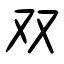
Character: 双